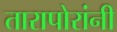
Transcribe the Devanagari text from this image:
तारापोरांनी